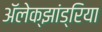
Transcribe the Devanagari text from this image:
अॅलेक्झांड्रिया